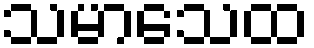
သမာသေထ